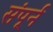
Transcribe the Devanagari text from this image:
संपूर्न